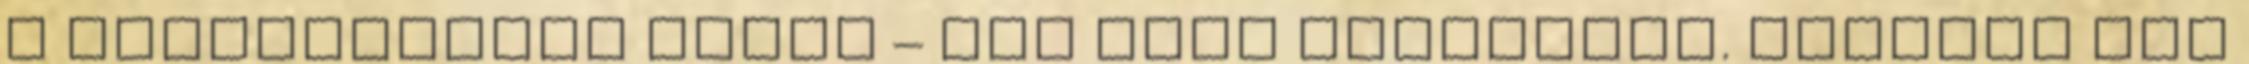
a benzinkúthoz értem – nem kell vonatozni. Győrben úgy